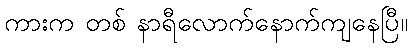
ကားက တစ် နာရီလောက်နောက်ကျနေပြီ။